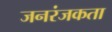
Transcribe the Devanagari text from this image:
जनरंजकता